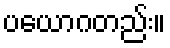
ပယောဂတည်း။